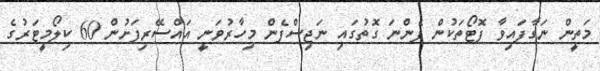
މަތީން ނަގާފައިވާ ފޮޓޯތަކުން ފެންނަ ގޮތުގައި ނަޖިސްފެން މިހާރުވަނީ އައްސޭރިފަށުން 60 ކިލޯމީޓަރުގެ